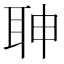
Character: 䎶